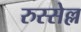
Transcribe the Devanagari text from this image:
रुस्सेल्ल